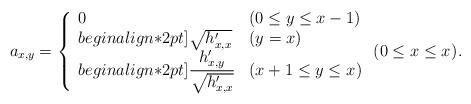
LaTeX: \begin{align*} a_{x,y}=\left\{ \begin{array}{ll} 0&(0\leq y\leq x-1)\\begin{align*}2pt] \sqrt{h'_{x,x}}&(y=x)\\begin{align*}2pt] {\displaystyle\frac{h'_{x,y}}{\sqrt{h'_{x,x}}}} &(x+1\leq y\leq x_{}) \end{array}\right. (0\leq x\leq x_{}).\end{align*}